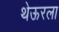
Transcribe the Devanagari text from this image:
थेऊरला